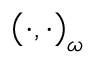
\big ( \cdot , \cdot \big ) _ { \omega }